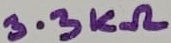
Text: 3.3KΩ